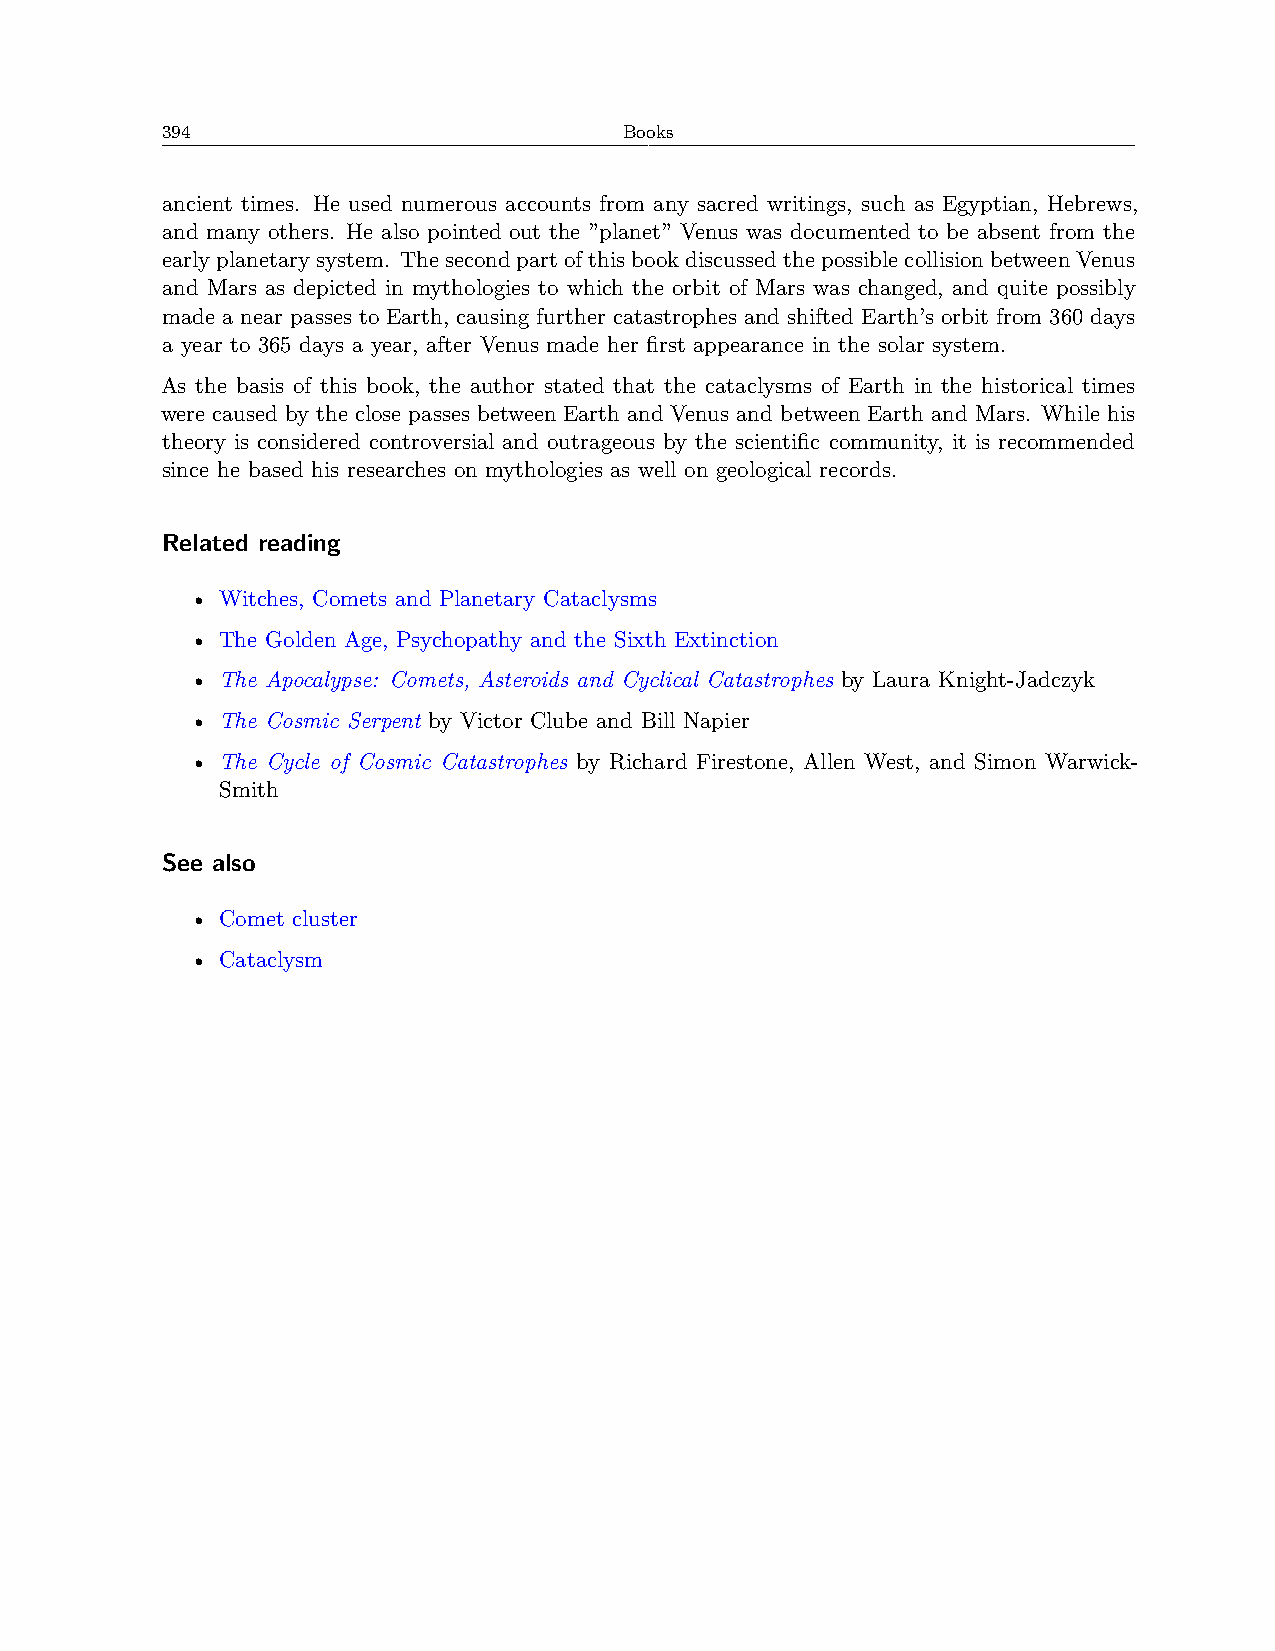
394                           Books
 ancient times. He used numerous accounts from any sacred writings, such as Egyptian, Hebrews,
 and many others. He also pointed out the ”planet” Venus was documented to be absent from the
 earlyplanetarysystem. ThesecondpartofthisbookdiscussedthepossiblecollisionbetweenVenus
 and Mars as depicted in mythologies to which the orbit of Mars was changed, and quite possibly
 made a near passes to Earth, causing further catastrophes and shifted Earth’s orbit from 360 days
 a year to 365 days a year, after Venus made her first appearance in the solar system.
 As the basis of this book, the author stated that the cataclysms of Earth in the historical times
 were caused by the close passes between Earth and Venus and between Earth and Mars. While his
 theory is considered controversial and outrageous by the scientific community, it is recommended
 since he based his researches on mythologies as well on geological records.
 Related reading
 • Witches, Comets and Planetary Cataclysms
 • The Golden Age, Psychopathy and the Sixth Extinction
 • The Apocalypse: Comets, Asteroids and Cyclical Catastrophes by Laura Knight-Jadczyk
 • The Cosmic Serpent by Victor Clube and Bill Napier
 • The Cycle of Cosmic Catastrophes by Richard Firestone, Allen West, and Simon Warwick-
 Smith
 See also
 • Comet cluster
 • Cataclysm